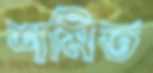
শমিত